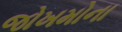
જોખમોના